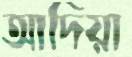
আদিয়া